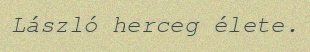
László herceg élete.